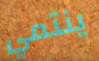
ينتمي